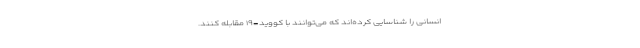
انسانی را شناسایی کرده‌اند که می‌توانند با کووید-۱۹ مقابله کنند.